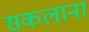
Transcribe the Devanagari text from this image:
सकलाना